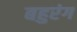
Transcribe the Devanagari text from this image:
बहुरंग